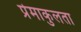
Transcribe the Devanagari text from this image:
प्रेमाकुलता